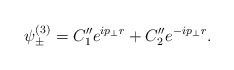
LaTeX: \begin{align*}\psi _{\pm }^{(3)}=C_1^{\prime \prime }e^{ip_{\bot }r}+C_2^{\prime\prime }e^{-ip_{\bot }r}.\end{align*}